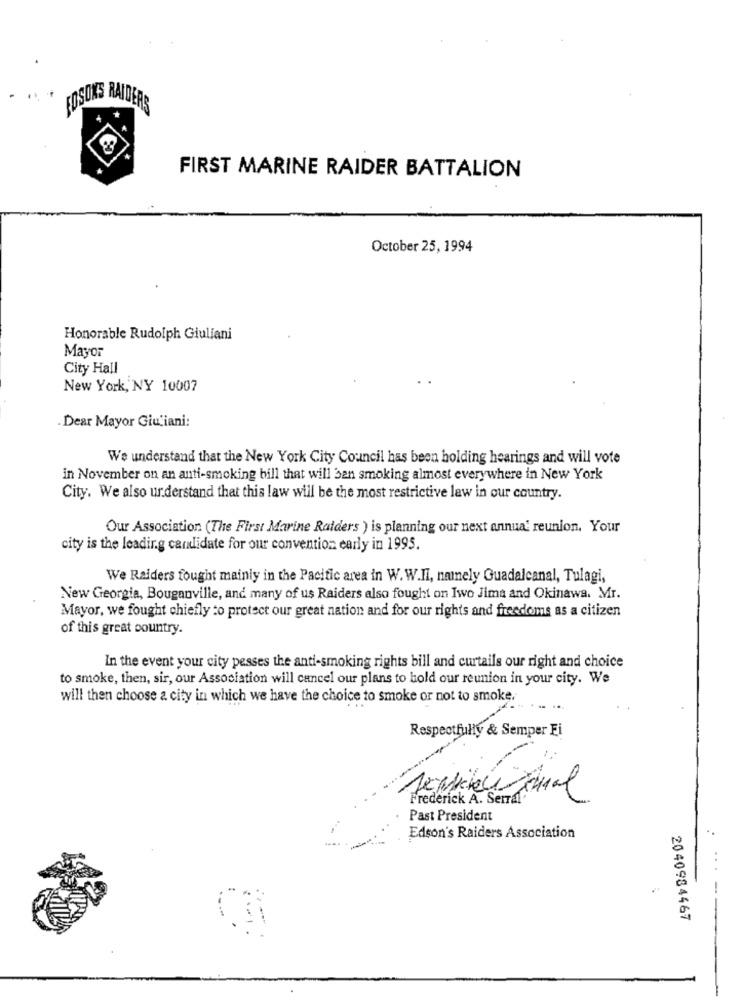
FOSONS RAIDERS
FIRST MARINE RAIDER BATTALION
October 25, 1994
Honorable Rudolph Giuliani
Mayor
City Hall
New York, NY 10007
Dear Mayor Giu'iani:
We understand that the New York City Council has been holding hearings and will vote
in November on an anti-smoking bill that will ban smoking almost everywhere in New York
City. We also understand that this law will be the most restrictive law in our country.
Our Association (The First Marine Raiders ) is planning our next annua' reunion. Your
city is the leading candidate for our convention early in 1995.
We Raiders fought mainly in the Pacific area in W.W.II, namely Guadalcanal, Tulagi,
New Georgia, Bouganville, and many of us Raiders also fought on Iwo Jima and Okinawa. Mr.
Mayor, we fought chiefly to protect our great nation and for our rights and freedoms as a citizen
of this great country.
In the event your city pesses the anti-smoking rights bill and curtails our right and choice
to smoke, then, sir, our Association will cancel our plans to hold our reunion in your city. We
will then choose a city in which we have the choice to smoke or not to smoke.
Respectfully & Semper Fi
Frederick A. Serral
Past President
Edson's Raiders Association
2040984467